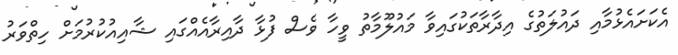
އެކަށައެޅުމާއި ދައުލަތުގެ އިދާރާތަކުގައިވާ މައުލޫމާތު ވީހާ ވެސް ފުޅާ ދާއިރާއެއްގައި ޝާއިއުކުރުމަށް ހިތްވަރު